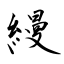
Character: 縵